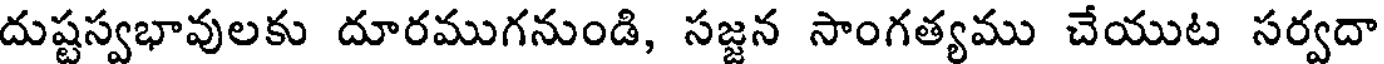
దుష్టస్వభావులకు దూరముగనుండి, సజ్జన సాంగత్యము చేయుట సర్వదా